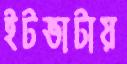
ইটভাটায়